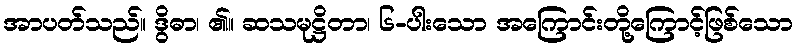
အာပတ်သည်။ ဒွိဓာ၊ ၏။ ဆသမုဋ္ဌိတာ၊ ၆-ပါးသော အကြောင်းတို့ကြောင့်ဖြစ်သော